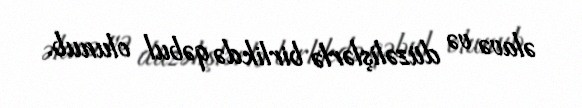
əlavə və düzəlişlərlə birlikdə qəbul olunub.